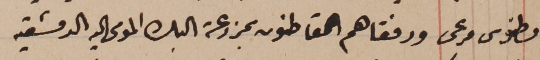
وطنوس مرعى ورفقاهم القاطنون بمزرعة البك المومى اليه الدمشقيه